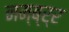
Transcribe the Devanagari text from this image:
नम्ब्र्‍र